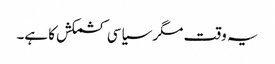
یہ وقت مگر سیاسی کشمکش کا ہے۔